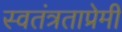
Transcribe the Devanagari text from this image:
स्वतंत्रताप्रेमी